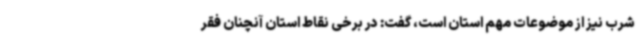
شرب نیز از موضوعات مهم استان است، گفت: در برخی نقاط استان آنچنان فقر